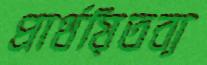
প্রার্থয়িতব্য